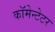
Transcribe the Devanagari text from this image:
कॉमेन्टेटर